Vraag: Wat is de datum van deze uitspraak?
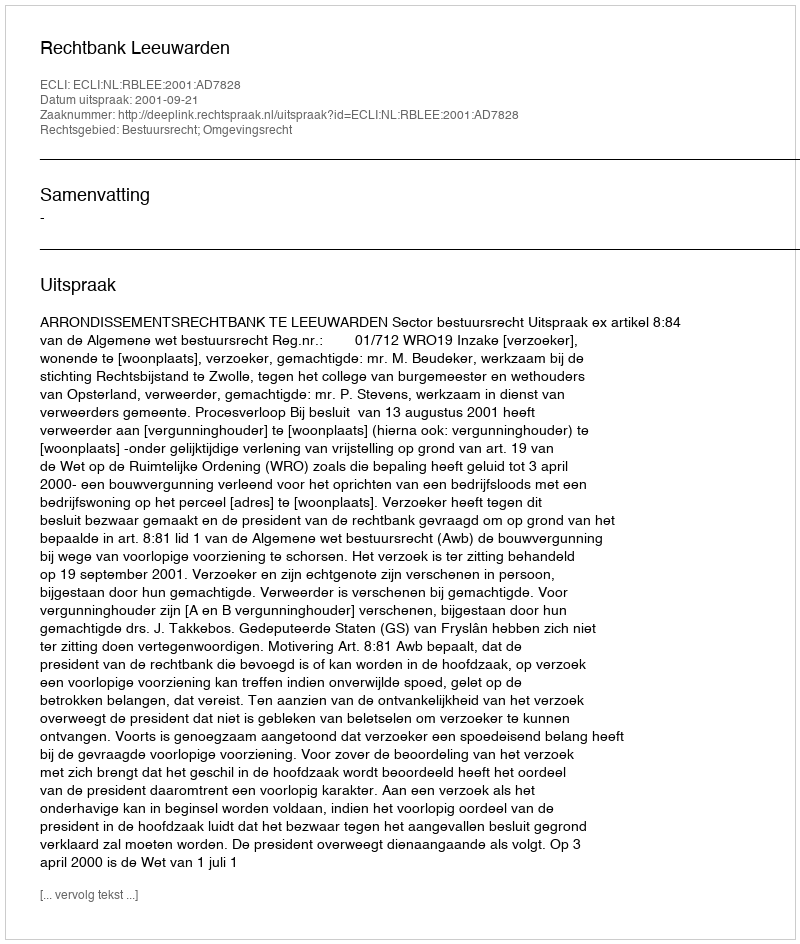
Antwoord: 2001-09-21